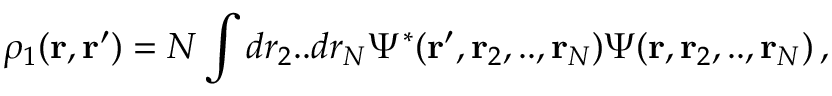
\rho _ { 1 } ( { \bf r } , { \bf r } ^ { \prime } ) = N \int d r _ { 2 } . . d r _ { N } \Psi ^ { * } ( { \bf r } ^ { \prime } , { \bf r } _ { 2 } , . . , { \bf r } _ { N } ) \Psi ( { \bf r } , { \bf r } _ { 2 } , . . , { \bf r } _ { N } ) \, ,